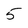
Character: 5